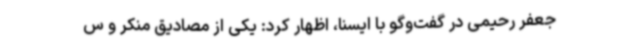
جعفر رحیمی در گفت‌وگو با ایسنا، اظهار کرد: یکی از مصادیق منکر و س